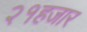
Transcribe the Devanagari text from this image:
२१हजार